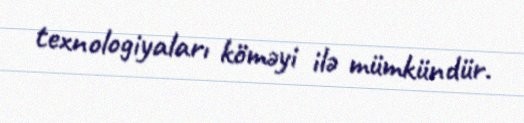
texnologiyaları köməyi ilə mümkündür.